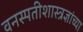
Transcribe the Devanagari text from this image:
वनस्पतीशास्त्रज्ञांच्या